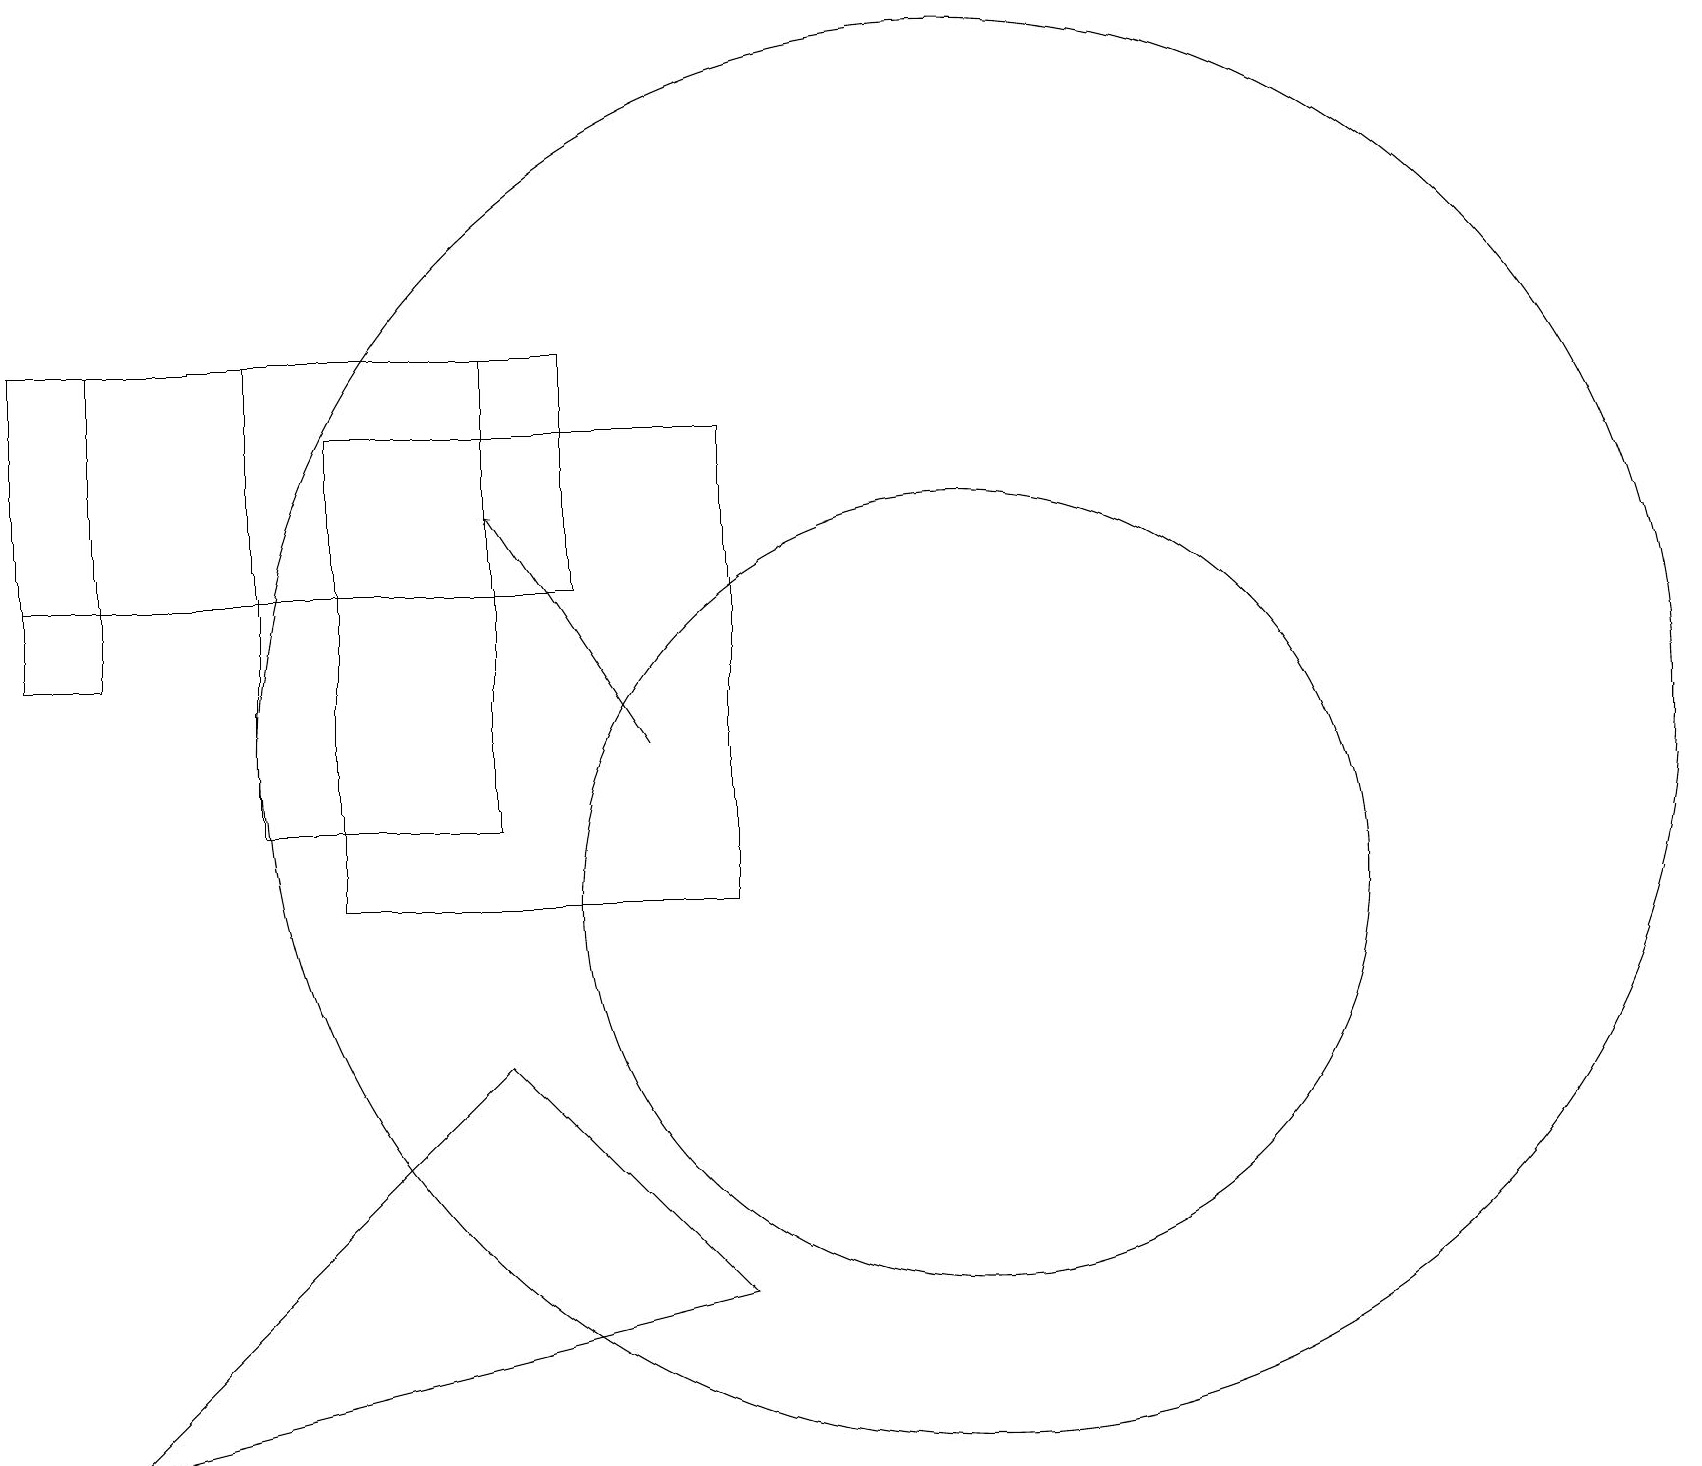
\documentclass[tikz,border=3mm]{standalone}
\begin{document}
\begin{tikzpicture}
\draw (7,17) rectangle (0,14);
\draw (1,3) -- (9,5) -- (6,8) -- cycle;
\draw (12,12) circle (9);
\draw (1,17) rectangle (0,13);
\draw[->] (8,12) -- (6,15);
\draw (12,10) circle (5);
\draw (4,10) rectangle (9,16);
\draw (6,17) rectangle (3,11);
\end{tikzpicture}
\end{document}